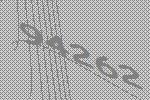
94262